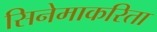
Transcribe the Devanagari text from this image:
सिनेमाकरिता